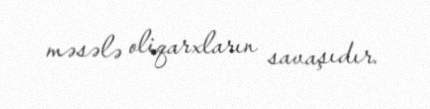
məsələ oliqarxların savaşıdır.